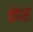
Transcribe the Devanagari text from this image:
घोघस